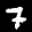
Label: 7